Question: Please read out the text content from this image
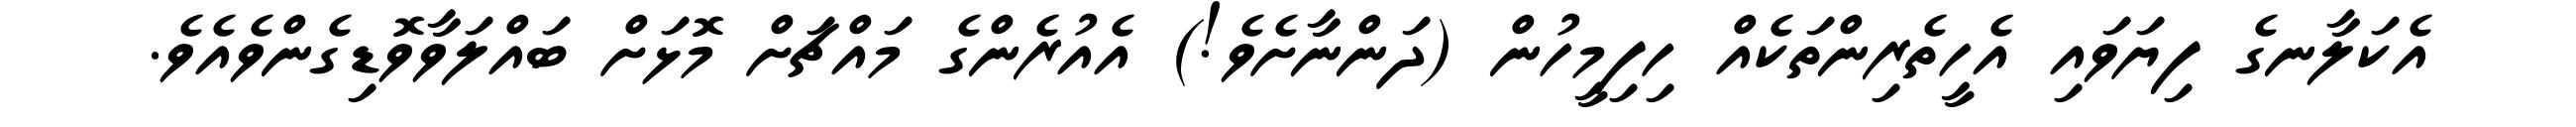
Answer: އެކަލާނގެ ފިޔަވައި އެހީތެރިންތަކެއް ހިފިމީހުން (ދަންނާށެވެ!) އެއުރެންގެ މައްޗަށް މޮޅަށް ބައްލަވާވޮޑިގެންވެއެވެ.